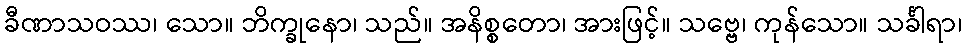
ခီဏာသဝဿ၊ သော။ ဘိက္ခုနော၊ သည်။ အနိစ္စတော၊ အားဖြင့်။ သဗ္ဗေ၊ ကုန်သော။ သင်္ခါရာ၊